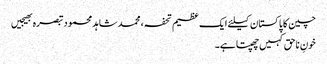
چین کا پاکستان کیلئے ایک عظیم تحفہ، محمد شاہد محمودتبصرہ بھیجیں
خونِ ناحق کہیں چھپتاہے۔